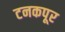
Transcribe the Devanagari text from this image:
टनकपूर